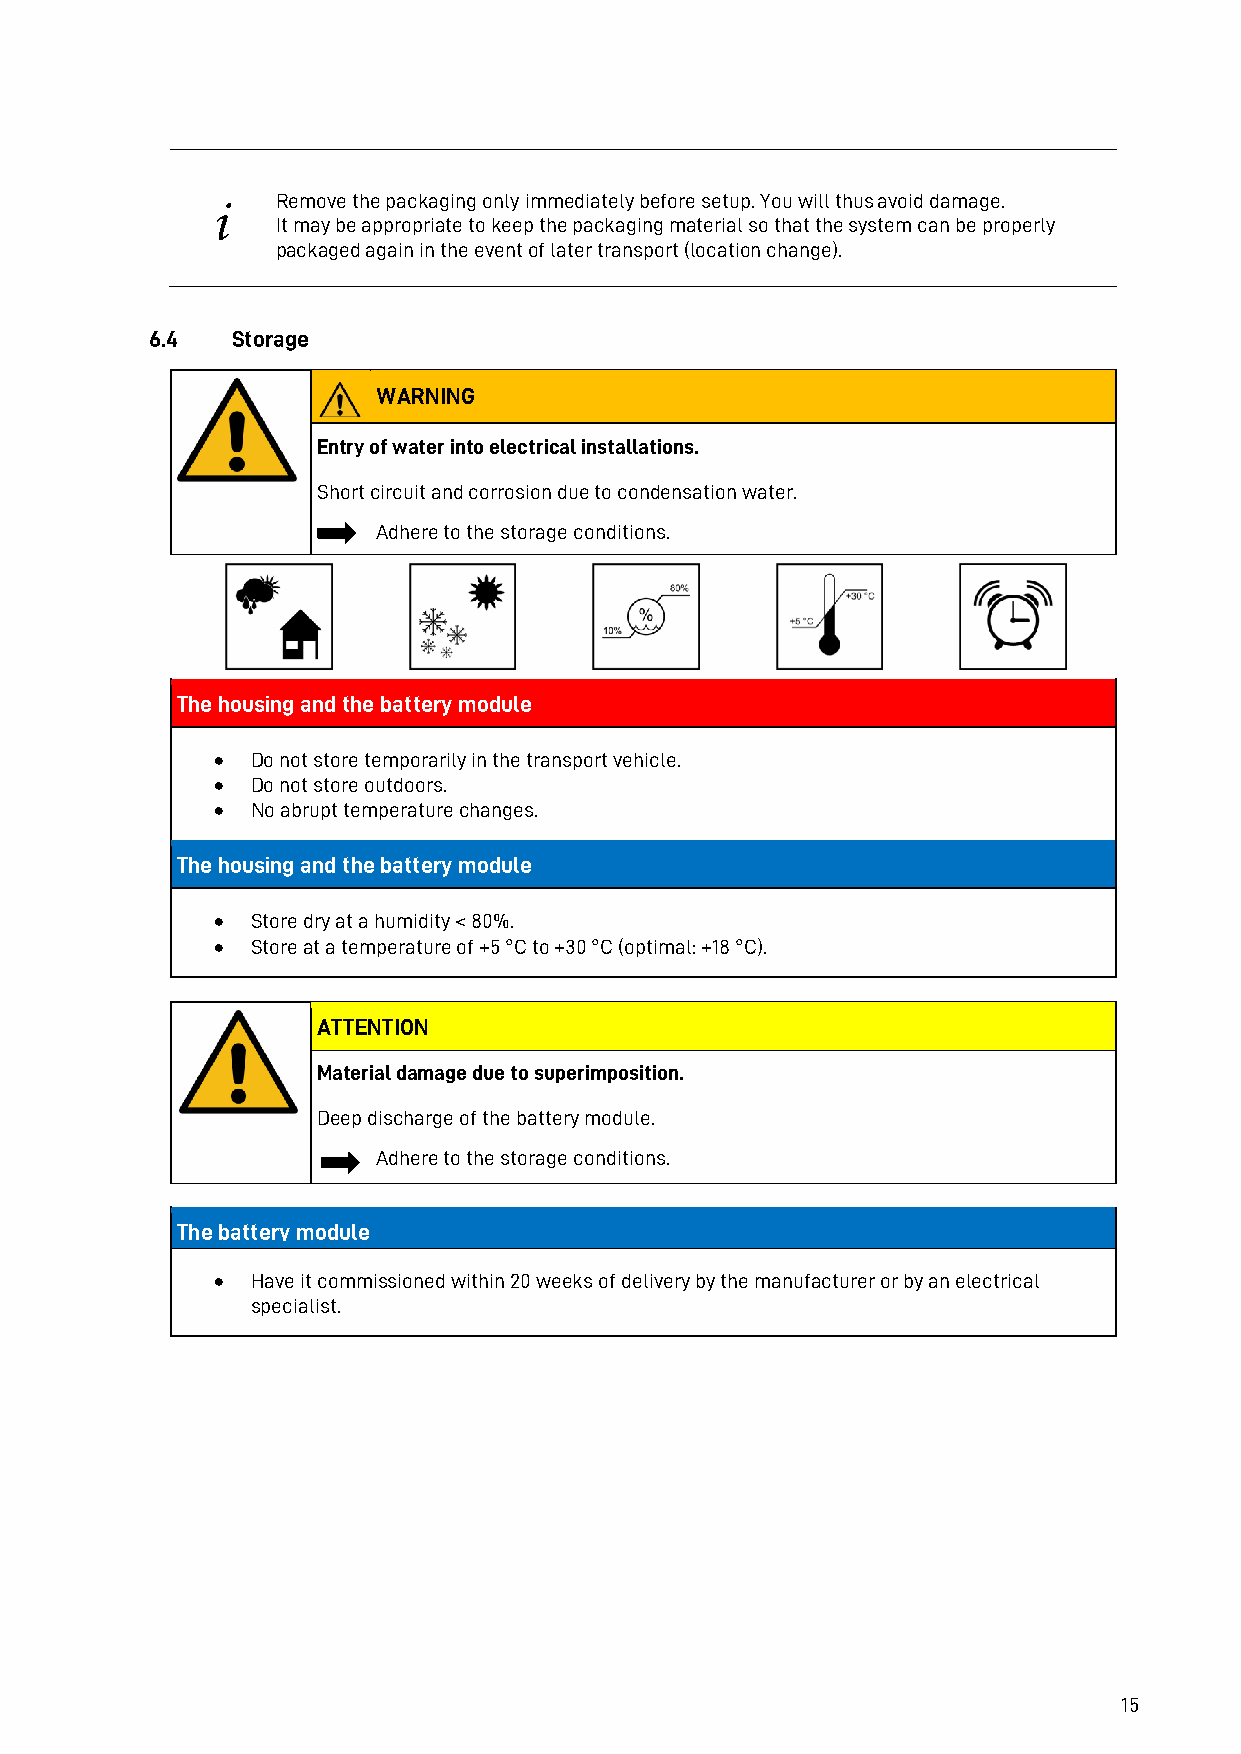
Remove the packaging only immediately before setup. You will thus avoid damage.
 i
 It may be appropriate to keep the packaging material so that the system can be properly
 packaged again in the event of later transport (location change).
 6.4  Storage
 WARNING
 Entry of water into electrical installations.
 Short circuit and corrosion due to condensation water.
 Adhere to the storage conditions.
 The housing and the battery module
 •  Do not store temporarily in the transport vehicle.
 •  Do not store outdoors.
 •  No abrupt temperature changes.
 The housing and the battery module
 •  Store dry at a humidity < 80%.
 •  Store at a temperature of +5 °C to +30 °C (optimal: +18 °C).
 ATTENTION
 Material damage due to superimposition.
 Deep discharge of the battery module.
 Adhere to the storage conditions.
 The battery module
 •  Have it commissioned within 20 weeks of delivery by the manufacturer or by an electrical
 specialist.
 15